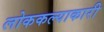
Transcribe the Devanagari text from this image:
लोककल्याकारी